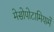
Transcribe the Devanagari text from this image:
मेसोपोटामियामें